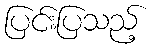
ပြင်းပြသည့်